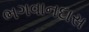
ભગવાનદાસ